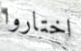
اختاروا